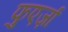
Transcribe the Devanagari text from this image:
फुएर्ज़ा